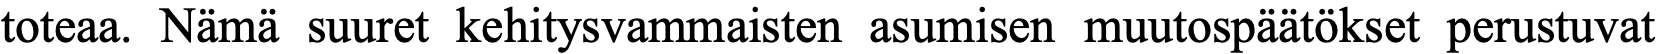
toteaa. Nämä suuret kehitysvammaisten asumisen muutospäätökset perustuvat